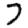
Digit: 7